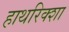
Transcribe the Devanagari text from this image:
हाथरिक्शा